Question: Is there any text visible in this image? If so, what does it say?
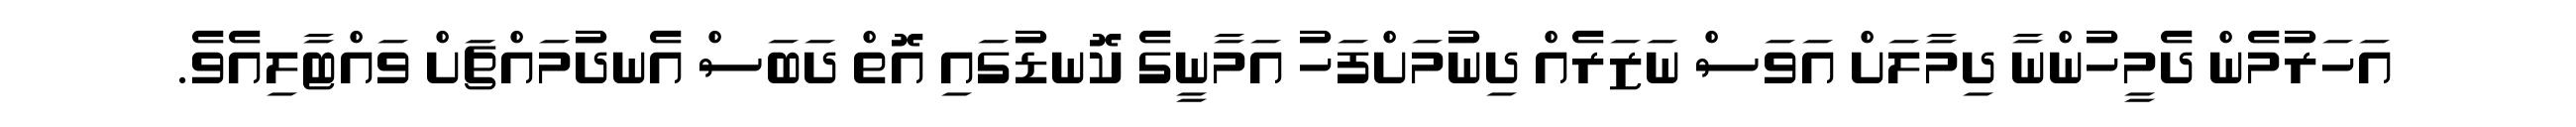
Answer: އަހަރުމެން ދެމީހުންނާ ދިމާލަށް އަވަސް ނަޒަރެއް ދިނުމަށްފަހު އަމާނީގެ ކޮނޑުގައި އޮތް ދަބަސް އެނދުމައްޗަށް ވައްޓާލިއެވެ.